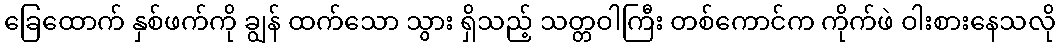
ခြေထောက် နှစ်ဖက်ကို ချွန် ထက်သော သွား ရှိသည့် သတ္တဝါကြီး တစ်ကောင်က ကိုက်ဖဲ ဝါးစားနေသလို